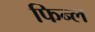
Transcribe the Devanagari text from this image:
फिन्ल